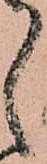
ゝ